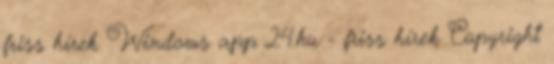
friss hírek Windows app 24.hu - friss hírek Copyright